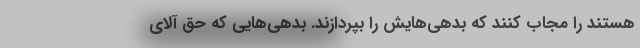
هستند را مجاب کنند که بدهی‌هایش را بپردازند. بدهی‌هایی که حق آلای